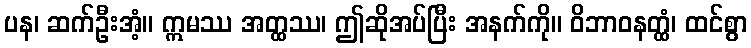
ပန၊ ဆက်ဦးအံ့။ ဣမဿ အတ္ထဿ၊ ဤဆိုအပ်ပြီး အနက်ကို။ ဝိဘာဝနတ္ထံ၊ ထင်စွာ